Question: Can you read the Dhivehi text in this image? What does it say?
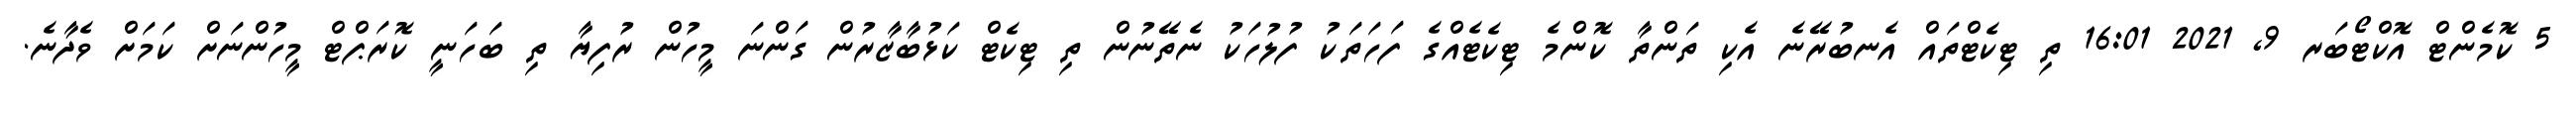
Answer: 5 ކޮމެންޓް އޮކްޓޯބަރ 9, 2021 16:01 ތި ޓިކެޓްތައް އެނބުރޭނެ އެކި ތަންތާ ކޮންމެ ޓިކެޓެއްގެ ފަހަތަކު ފުލުހަކު ނެތޭނުން ތި ޓިކެޓް ކަޅުބާޒާރުން ގަންނަ މީހުން ރުފިޔާ ތި ބަހަނީ ކޮރަޕްޓް މީހުންނަށް ކަމަށް ވެދާނެ.